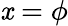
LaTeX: \mathit{x}=\phi